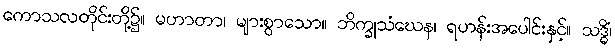
ကောသလတိုင်းတို့၌။ မဟာတာ၊ များစွာသော။ ဘိက္ခုသံဃေန၊ ရဟန်းအပေါင်းနှင့်။ သဒ္ဓိံ၊